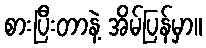
စားပြီးတာနဲ့ အိမ်ပြန်မှာ။